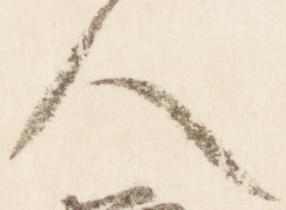
人